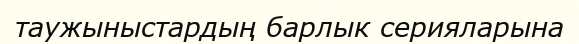
таужыныстардың барлык серияларына